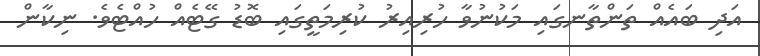
އަދި ބައެއް ތަންތާނގައި މަކުނުވާ ހުރިއިރު ކުރިމަތީގައި ބޮޑު ގޭޓެއް ހުއްޓެވެ. ނިކާން